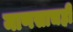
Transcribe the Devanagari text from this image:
माणसाचही